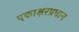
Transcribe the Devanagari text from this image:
एकाक्षरप्रधान